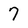
Character: 7